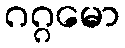
ဂဂ္ဂမော